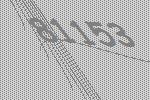
81153